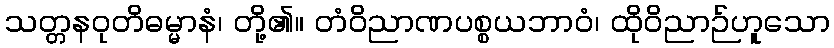
သတ္တနဝုတိဓမ္မာနံ၊ တို့၏။ တံဝိညာဏပစ္စယဘာဝံ၊ ထိုဝိညာဉ်ဟူသော